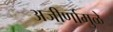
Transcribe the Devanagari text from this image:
अजीर्णामुळे